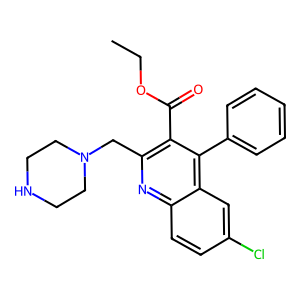
SMILES: CCOC(=O)c1c(CN2CCNCC2)nc2ccc(Cl)cc2c1-c1ccccc1
Inhibits HIV replication: No